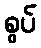
စွပ်